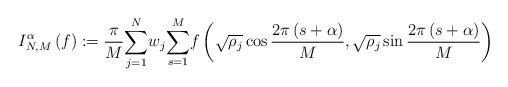
LaTeX: \begin{align*}I_{N,M}^{\alpha}\left( f\right) :=\frac{\pi}{M}{\displaystyle\sum_{j=1}^{N}}w_{j}{\displaystyle\sum_{s=1}^{M}}f\left( \sqrt{\rho_{j}}\cos\frac{2\pi\left( s+\alpha\right) }{M},\sqrt{\rho_{j}}\sin\frac{2\pi\left( s+\alpha\right) }{M}\right)\end{align*}